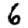
Digit: 6